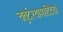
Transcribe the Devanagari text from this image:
चतुर्दश्यामादिदेवो